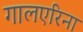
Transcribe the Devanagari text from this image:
गालएरिना